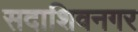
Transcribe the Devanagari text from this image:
सदाशिवनगर